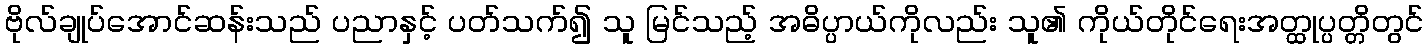
ဗိုလ်ချုပ်အောင်ဆန်းသည် ပညာနှင့် ပတ်သက်၍ သူ မြင်သည့် အဓိပ္ပာယ်ကိုလည်း သူ၏ ကိုယ်တိုင်ရေးအတ္ထုပ္ပတ္တိတွင်